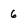
Character: 6